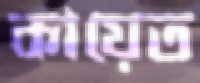
কায়েত